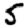
Digit: 5